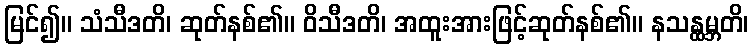
မြင်၍။ သံသီဒတိ၊ ဆုတ်နစ်၏။ ဝိသီဒတိ၊ အထူးအားဖြင့်ဆုတ်နစ်၏။ နသန္ထမ္ဘတိ၊